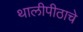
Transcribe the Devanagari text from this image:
थालीपीठाचे